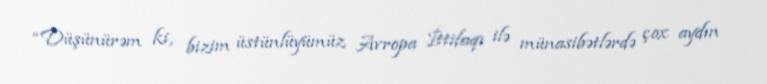
“Düşünürəm ki, bizim üstünlüyümüz Avropa İttifaqı ilə münasibətlərdə çox aydın